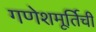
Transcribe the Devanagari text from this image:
गणेशमूर्तिची